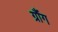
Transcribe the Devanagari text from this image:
ग्रौंग